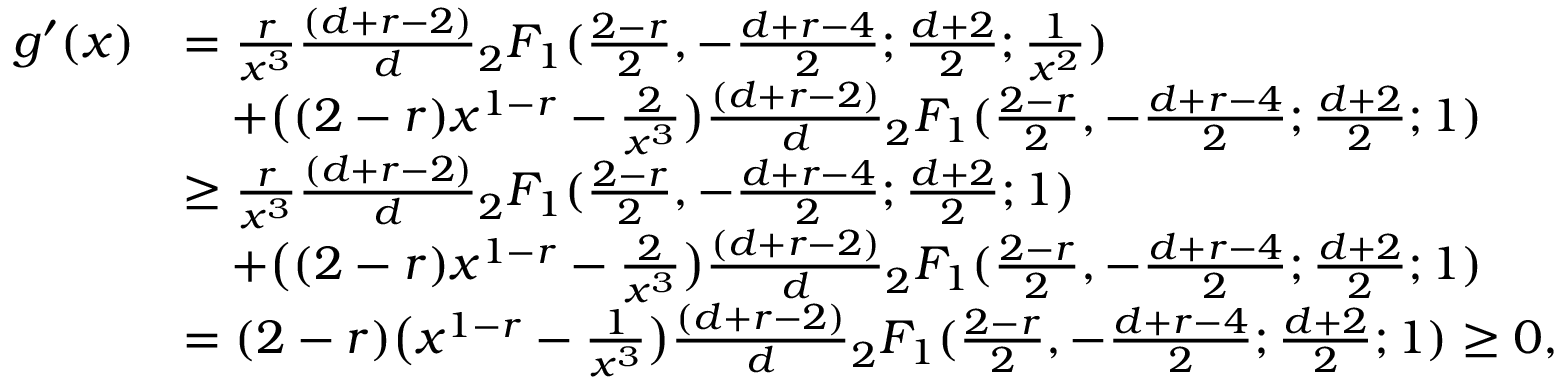
\begin{array} { r l } { g ^ { \prime } ( x ) } & { = \frac { r } { x ^ { 3 } } \frac { ( d + r - 2 ) } { d } { _ 2 F _ { 1 } } ( \frac { 2 - r } { 2 } , - \frac { d + r - 4 } { 2 } ; \frac { d + 2 } { 2 } ; \frac { 1 } { x ^ { 2 } } ) } \\ & { \quad + \big ( ( 2 - r ) x ^ { 1 - r } - \frac { 2 } { x ^ { 3 } } \big ) \frac { ( d + r - 2 ) } { d } { _ 2 F _ { 1 } } ( \frac { 2 - r } { 2 } , - \frac { d + r - 4 } { 2 } ; \frac { d + 2 } { 2 } ; 1 ) } \\ & { \geq \frac { r } { x ^ { 3 } } \frac { ( d + r - 2 ) } { d } { _ 2 F _ { 1 } } ( \frac { 2 - r } { 2 } , - \frac { d + r - 4 } { 2 } ; \frac { d + 2 } { 2 } ; 1 ) } \\ & { \quad + \big ( ( 2 - r ) x ^ { 1 - r } - \frac { 2 } { x ^ { 3 } } \big ) \frac { ( d + r - 2 ) } { d } { _ 2 F _ { 1 } } ( \frac { 2 - r } { 2 } , - \frac { d + r - 4 } { 2 } ; \frac { d + 2 } { 2 } ; 1 ) } \\ & { = ( 2 - r ) \big ( x ^ { 1 - r } - \frac { 1 } { x ^ { 3 } } \big ) \frac { ( d + r - 2 ) } { d } { _ 2 F _ { 1 } } ( \frac { 2 - r } { 2 } , - \frac { d + r - 4 } { 2 } ; \frac { d + 2 } { 2 } ; 1 ) \geq 0 , } \end{array}